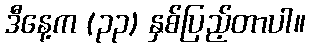
ဒီနေ့က (၃၃) နှစ်ပြည့်တာပါ။